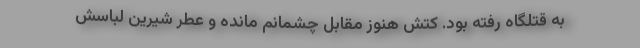
به قتلگاه رفته بود. کتش هنوز مقابل چشمانم مانده و عطر شیرین لباسش